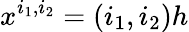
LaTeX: x^{i_{1},i_{2}}=(i_{1},i_{2})h